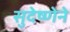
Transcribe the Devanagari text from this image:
सुदेष्णेने